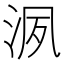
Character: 洬